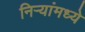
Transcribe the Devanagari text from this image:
निऱ्यांमध्ये